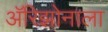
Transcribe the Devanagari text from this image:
अॅरिझोनाला